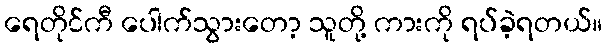
ရေတိုင်ကီ ပေါက်သွားတော့ သူတို့ ကားကို ရပ်ခဲ့ရတယ်။